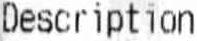
DESCRIPTION